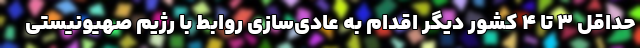
حداقل ۳ تا ۴ کشور دیگر اقدام به عادی‌سازی روابط با رژیم صهیونیستی